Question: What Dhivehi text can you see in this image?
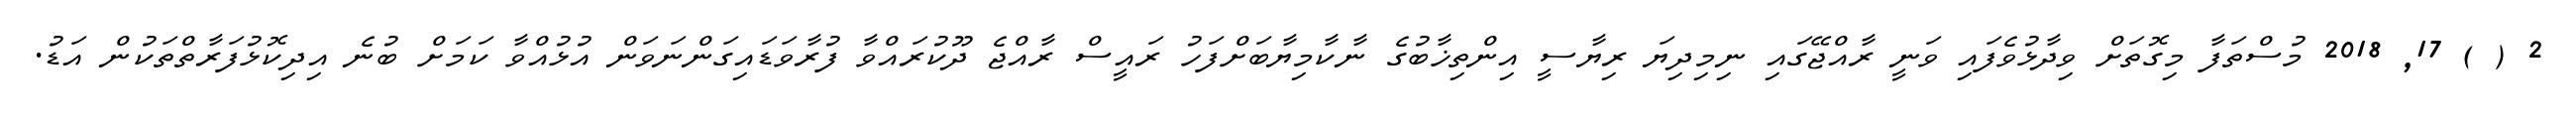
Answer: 2 ( ) 17, 2018 މުސްތަފާ މިގޮތަށް ވިދާޅުވެފައި ވަނީ ރާއްޖޭގައި ނިމިދިޔަ ރިޔާސީ އިންތިޚާބުގެ ނާކާމިޔާބަށްފަހު ރައީސް ރާއްޖެ ދޫކުރައްވާ ފުރާވަޑައިގަންނަވަން އުޅުއްވާ ކަމަށް ބުނެ އިދިކޮޅުފަރާތްތަކުން އަޑު.